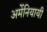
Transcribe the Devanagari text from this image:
अर्मेनियायी